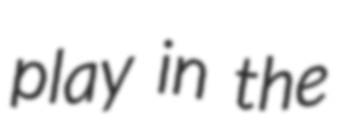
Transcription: play in the